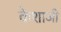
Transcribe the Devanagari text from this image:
केशाजी